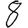
Digit: 8